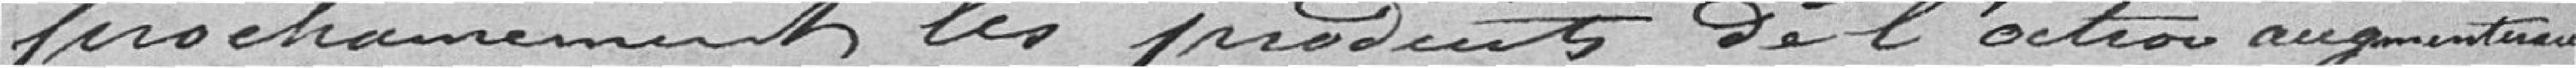
prochainement les produits de l'action augmenteraient